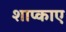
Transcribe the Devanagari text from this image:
शाप्काए